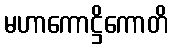
မဟာကောဋ္ဌိကောတိ